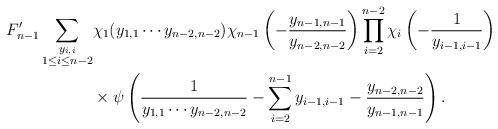
LaTeX: \begin{align*} F'_{n-1} \sum_{\substack{y_{i,i}\\ 1\leq i\leq n-2}} &\chi_1(y_{1,1}\cdots y_{n-2,n-2})\chi_{n-1}\left(-\frac{y_{n-1,n-1}}{y_{n-2,n-2}}\right)\prod_{i=2}^{n-2}\chi_i\left(-\frac{1}{y_{i-1,i-1}}\right) \\ & \times \psi\left(\frac{1}{y_{1,1}\cdots y_{n-2,n-2}}-\sum_{i=2}^{n-1}y_{i-1,i-1}-\frac{y_{n-2,n-2}}{y_{n-1,n-1}} \right).\end{align*}